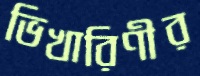
ভিখারিণীর